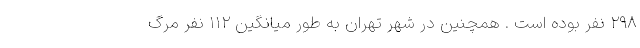
۲۹۸ نفر بوده است . همچنین در شهر تهران به طور میانگین ۱۱۲ نفر مرگ